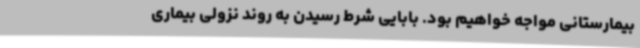
بیمارستانی مواجه خواهیم بود. بابایی شرط رسیدن به روند نزولی بیماری